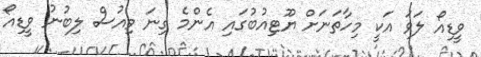
ވީޑިއޯ ލަވަ އަކީ މިހާތަނަށް ޔޫޓިއުބުގައި އެންމެ ގިނަ ވިއުސް ލިބުނު ވީޑިއޯ